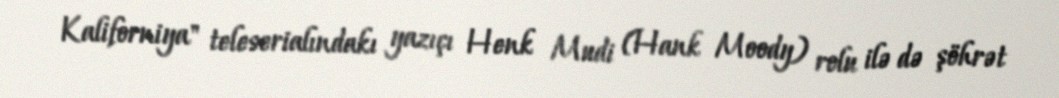
Kaliforniya" teleserialındakı yazıçı Henk Mudi (Hank Moody) rolu ilə də şöhrət